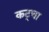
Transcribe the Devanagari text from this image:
कट्चा